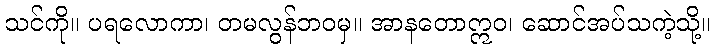
သင်ကို။ ပရလောကာ၊ တမလွန်ဘဝမှ။ အာနတောဣဝ၊ ဆောင်အပ်သကဲ့သို့။